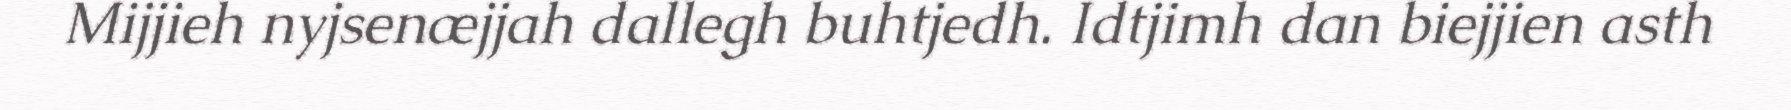
Mijjieh nyjsenæjjah dallegh buhtjedh. Idtjimh dan biejjien asth